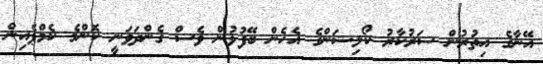
އޭނާގެ އިތުރުން ސަރުކާރު ކޯލިޝަންގެ އެހެން ބޭފުޅުން ވެސް ގެންދަވަނީ ކޮންމެ ކެމްޕެއިން